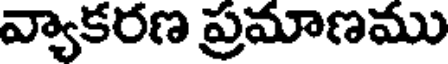
వ్యాకరణ ప్రమాణము